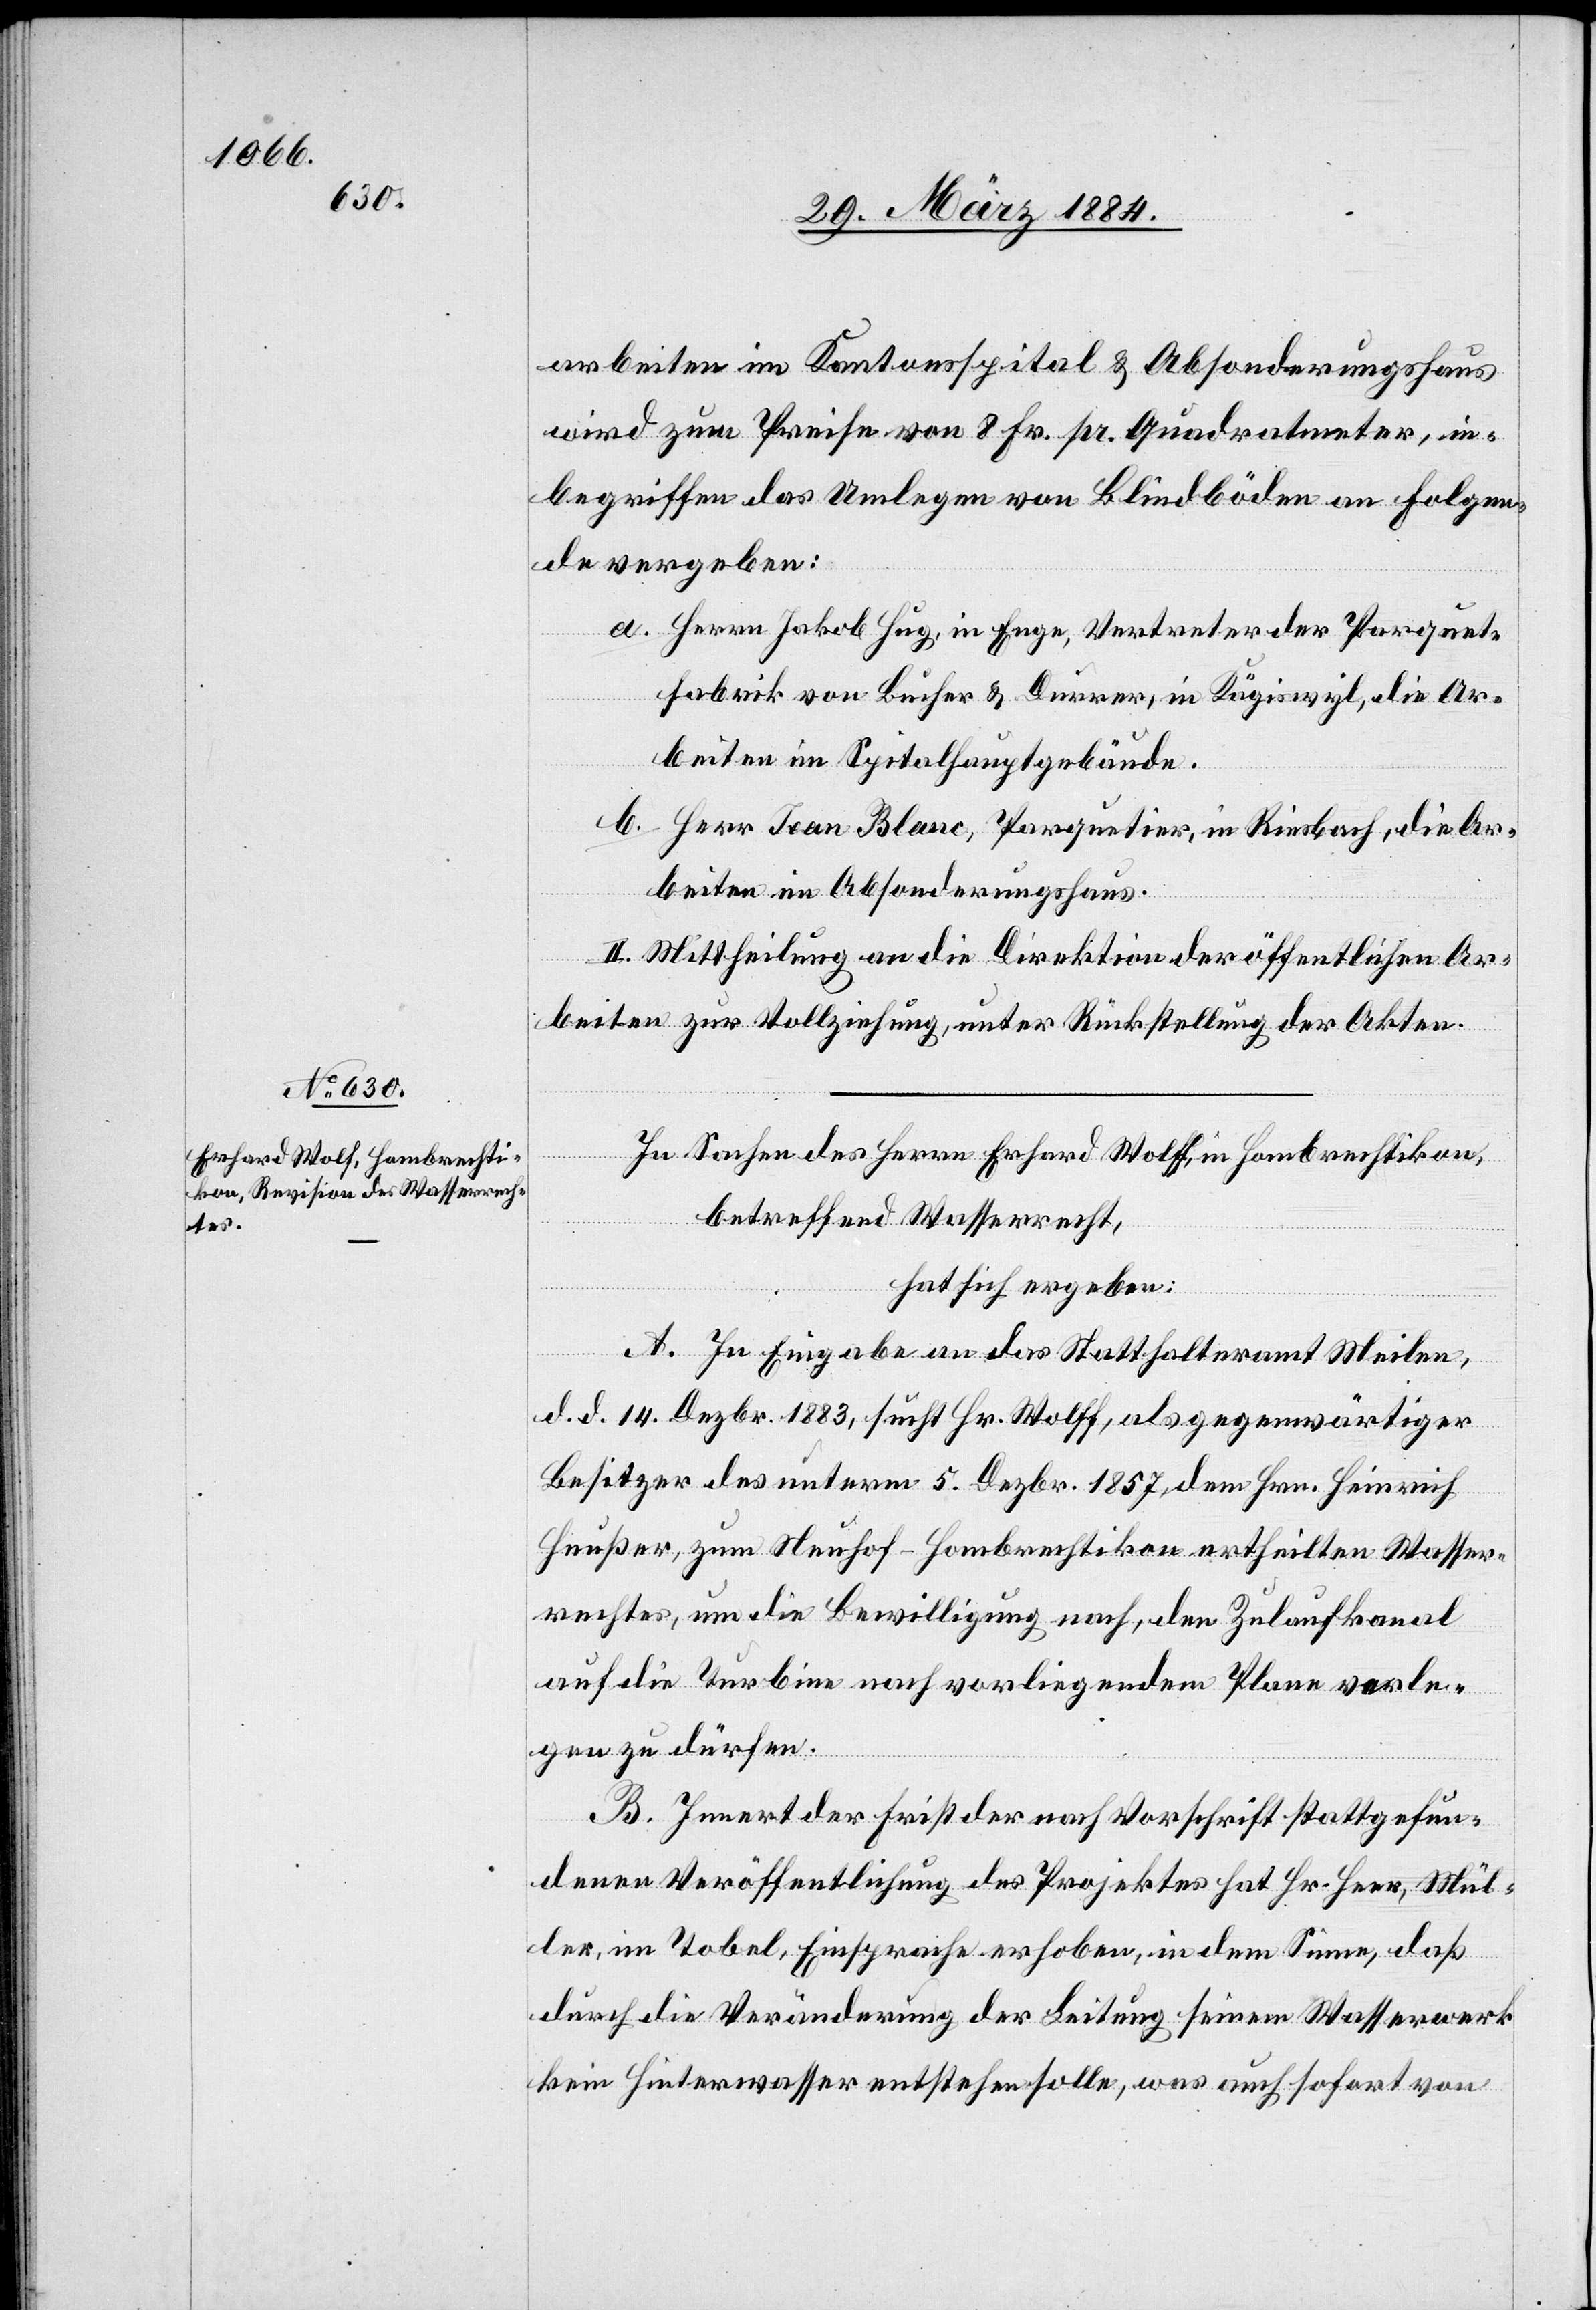
arbeiten im Kantonsspital & Absonderungshaus
wird zum Preise von 8 Fr. pr. Quadratmeter, in¬
begriffen das Umlegen von Blindböden an Folgen¬
de vergeben:
a. Herrn Jakob Hug, in Enge, Vertreter der Parquet¬
fabrik von Bucher & Durrer, in Kägiswyl, die Ar¬
beiten im Spitalhauptgebäude.
b. Herr Jean Blanc, Parquetier, in Riesbach, die Ar¬
beiten im Absonderungshaus.
II. Mittheilung an die Direktion der öffentlichen Ar¬
beiten zur Vollziehung unter Rückstellung der Akten.
In Sachen des Herrn Erhard Wolff [sic!], in Hombrechtikon,
betreffend Wasserrecht,
hat sich ergeben:
A. In Eingabe an das Statthalteramt Meilen,
d. d. 14. Dezbr. 1883, sucht Hr. Wolff, als gegenwärtiger
Besitzer des unterm 5. Dezbr. 1857 dem Hrn. Heinrich
Heußer, zum Neuhof - Hombrechtikon ertheilten Wasser¬
rechtes, um die Bewilligung nach, den Zulaufkanal
auf die Turbine nach vorliegendem Plane verle¬
gen zu dürfen.
B. Innert der Frist der nach Vorschrift stattgefun¬
denen Veröffentlichungen des Projektes hat Hr. Heer, Mül¬
ler, im Tobel, Einsprache erhoben, in dem Sinne, daß
durch die Veränderung der Leitung seinem Wasserwerk
kein Hinterwasser entstehen solle, was auch sofort von